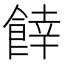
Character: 𩜜